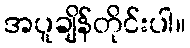
အပူချိန်တိုင်းပါ။